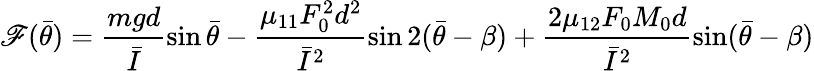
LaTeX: \mathscr{F}(\bar{{\theta}})=\frac{{mgd}}{{\bar{{I}}}}\sin\bar{{\theta}}-\frac{{\mu_{11}F_{0}^{2}d^{2}}}{{\bar{{I}}^{2}}}\sin2(\bar{{\theta}}-\beta)+\frac{{2\mu_{12}F_{0}M_{0}d}}{{\bar{{I}}^{2}}}\sin(\bar{{\theta}}-\beta)